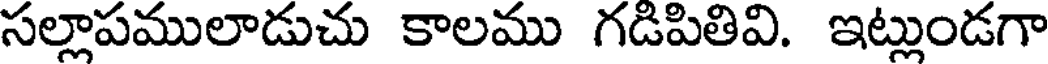
సల్లాపములాడుచు కాలము గడిపితివి. ఇట్లుండగా